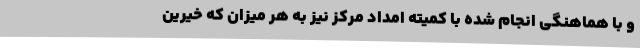
و با هماهنگی انجام شده با کمیته امداد مرکز نیز به هر میزان که خیرین